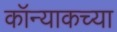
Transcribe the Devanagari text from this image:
कॉन्याकच्या